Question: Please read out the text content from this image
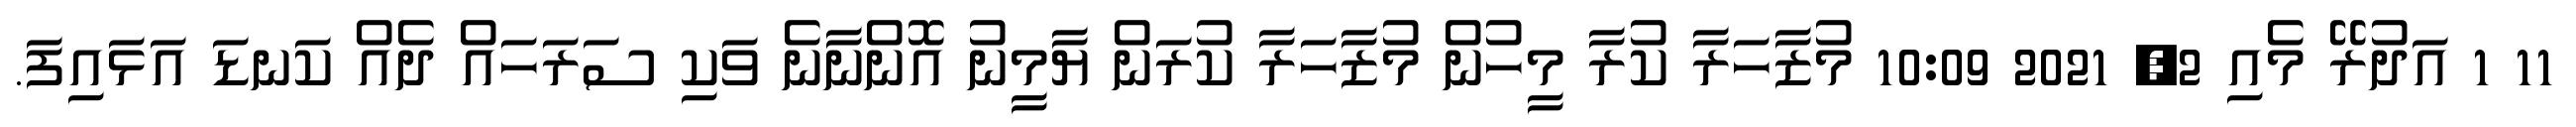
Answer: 11 1 އަދުރޭ މެއި 2, 2021 10:09 މުޒާހަރާ ކުރާ މީހުން މުޒާހަރާ ކުރަން ޔާމީނު އޮންނާނެ ވަކި ސަރަހައް ދެއް ކަނޑަ އަޅައިފަ.